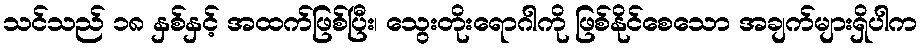
သင်သည် ၁၈ နှစ်နှင့် အထက်ဖြစ်ပြီး၊ သွေးတိုးရောဂါကို ဖြစ်နိုင်စေသော အချက်များရှိပါက